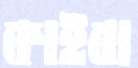
কাইবা